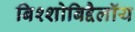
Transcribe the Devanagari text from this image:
बिश्शोबिद्दैलॉय